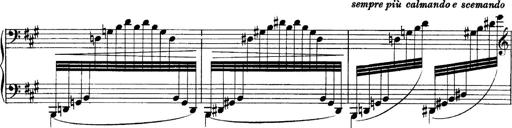
Title: Sonatina No.6
Composer: Ferruccio Busoni